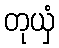
တုယှံ